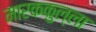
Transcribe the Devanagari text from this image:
मारककुल्ला